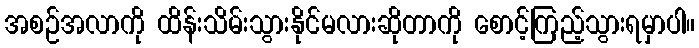
အစဉ်အလာကို ထိန်းသိမ်းသွားနိုင်မလားဆိုတာကို စောင့်ကြည့်သွားရမှာပါ။